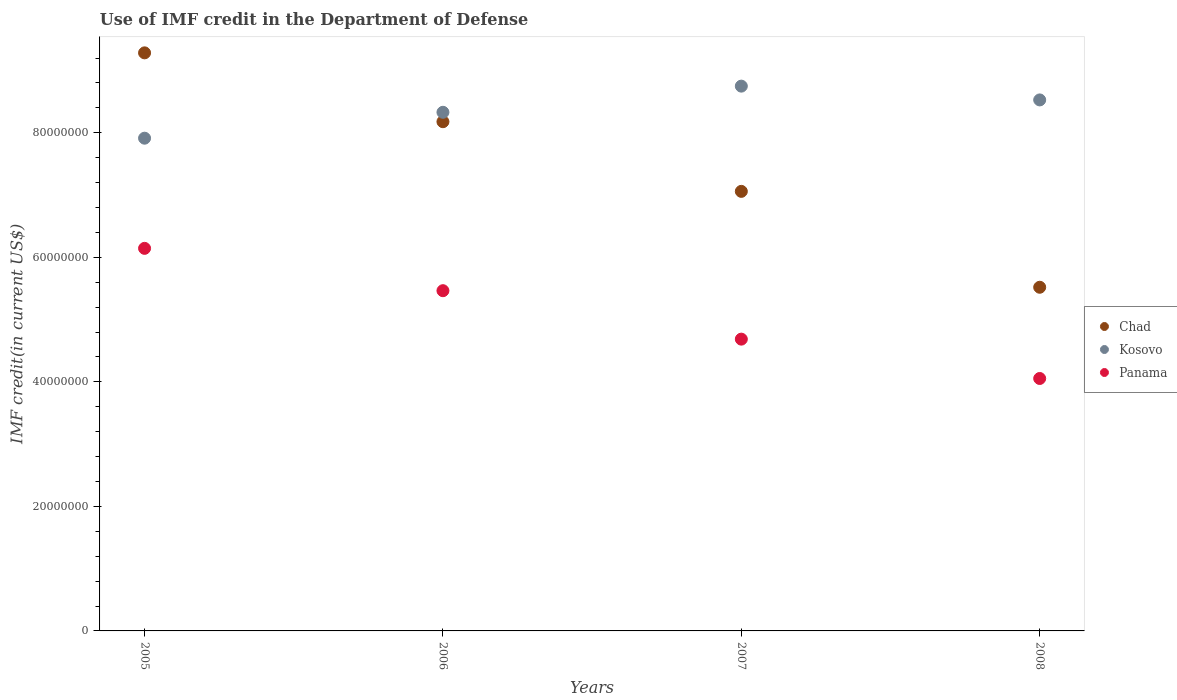
| Years | Chad | Kosovo | Panama |
 | --- | --- | --- | --- |
 | 2005 | 9.28e+07 | 7.91e+07 | 6.14e+07 |
 | 2006 | 8.18e+07 | 8.33e+07 | 5.46e+07 |
 | 2007 | 7.06e+07 | 8.75e+07 | 4.69e+07 |
 | 2008 | 5.52e+07 | 8.53e+07 | 4.05e+07 |